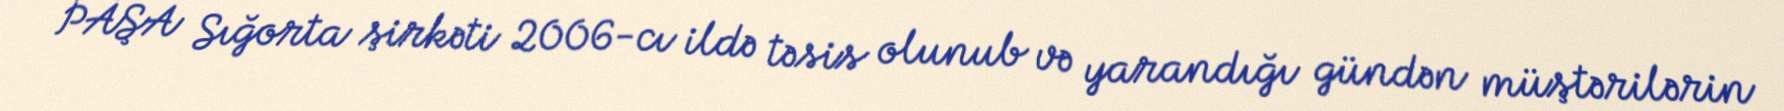
PAŞA Sığorta şirkəti 2006-cı ildə təsis olunub və yarandığı gündən müştərilərin